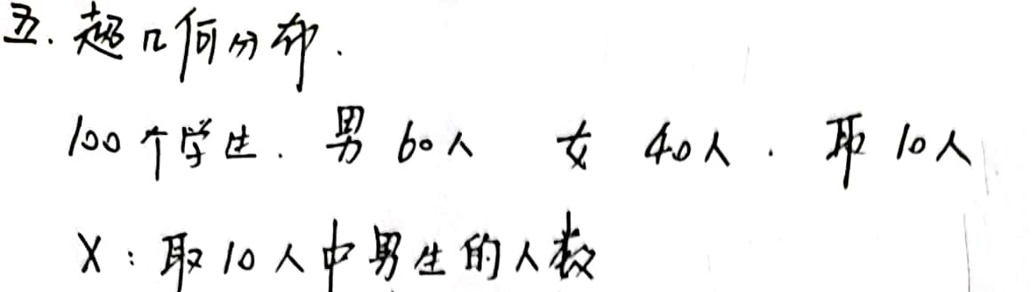
五. 超几何分布.

100 个学生，男 60 人，女 40 人，取 10 人

$X$：取 10 人中男生的人数